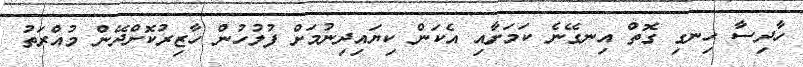
ހާދިސާ ހިނގި ގޮތް އިނގޭނެ ކަމަށާއި އެކަން ކިޔައިދިނުމަށް ފުލުހުން ހާޒިރުކޮށްދޭން މުއްރަތު